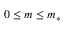
0 \leq m \leq m _ { * }